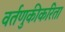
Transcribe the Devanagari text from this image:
वर्तणुकीकरिता